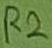
Text: R2